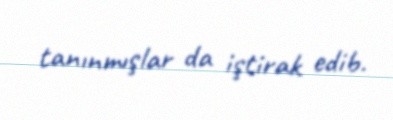
tanınmışlar da iştirak edib.